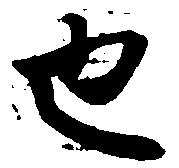
也